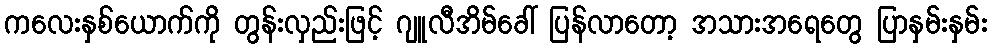
ကလေးနှစ်ယောက်ကို တွန်းလှည်းဖြင့် ဂျူလီအိမ်ခေါ် ပြန်လာတော့ အသားအရေတွေ ပြာနှမ်းနှမ်း